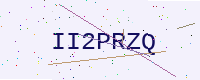
Text: II2PRZQ